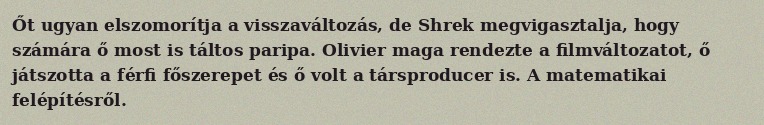
Őt ugyan elszomorítja a visszaváltozás, de Shrek megvigasztalja, hogy számára ő most is táltos paripa. Olivier maga rendezte a filmváltozatot, ő játszotta a férfi főszerepet és ő volt a társproducer is. A matematikai felépítésről.